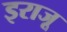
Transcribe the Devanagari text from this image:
इराजू